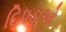
દિપડાઓ